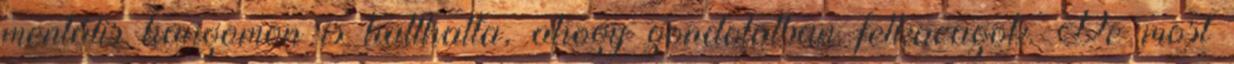
mentális hangomon is hallhatta, ahogy gondolatban felkacagok. De most